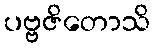
ပဗ္ဗဇိတောသိ